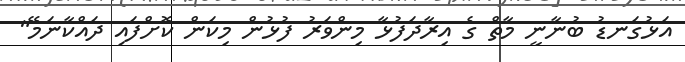
އަޅުގަނޑު ބުނާނީ މާތް ގެ އިރާދަފުޅާ މިންވަރު ފުޅުން މިކަން ކޮށްފައި ދައްކާނަމޭ"